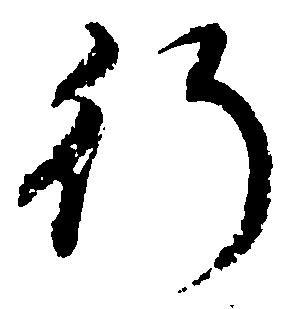
行